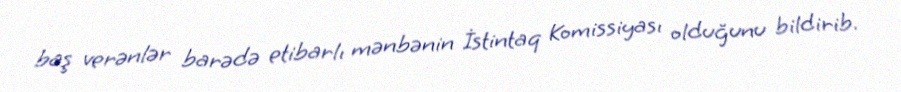
baş verənlər barədə etibarlı mənbənin İstintaq Komissiyası olduğunu bildirib.